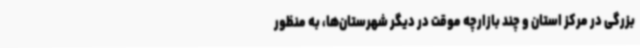
بزرگی در مرکز استان و چند بازارچه موقت در دیگر شهرستان‌ها، به منظور